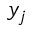
y _ { j }